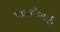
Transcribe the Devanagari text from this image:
भालाफेकही